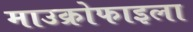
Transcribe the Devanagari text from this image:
माउक्रोफाइला